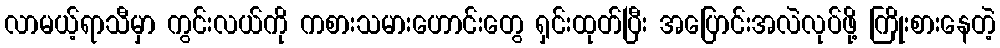
လာမယ့်ရာသီမှာ ကွင်းလယ်ကို ကစားသမားဟောင်းတွေ ရှင်းထုတ်ပြီး အပြောင်းအလဲလုပ်ဖို့ ကြိုးစားနေတဲ့